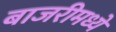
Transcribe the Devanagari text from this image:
बाजरीमध्ये